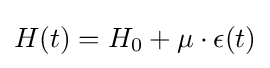
H(t)=H_{0}+\mu \cdot \epsilon (t)